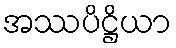
အဿပိဋ္ဌိယာ